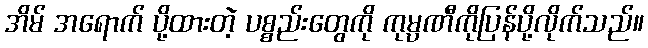
အိမ် အရောက် ပို့ထားတဲ့ ပစ္စည်းတွေကို ကုမ္ပဏီကိုပြန်ပို့လိုက်သည်။